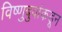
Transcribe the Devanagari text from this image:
विष्णुबुवांकडून